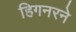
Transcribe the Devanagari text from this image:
हिगनरने